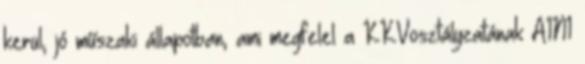
kerül, jó műszaki állapotban, ami megfelel a KKVosztályzatának A1N1